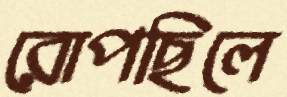
রোপছিলে